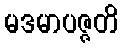
မဒမာပဇ္ဇတိ